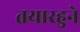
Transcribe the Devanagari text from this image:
तयारहुने